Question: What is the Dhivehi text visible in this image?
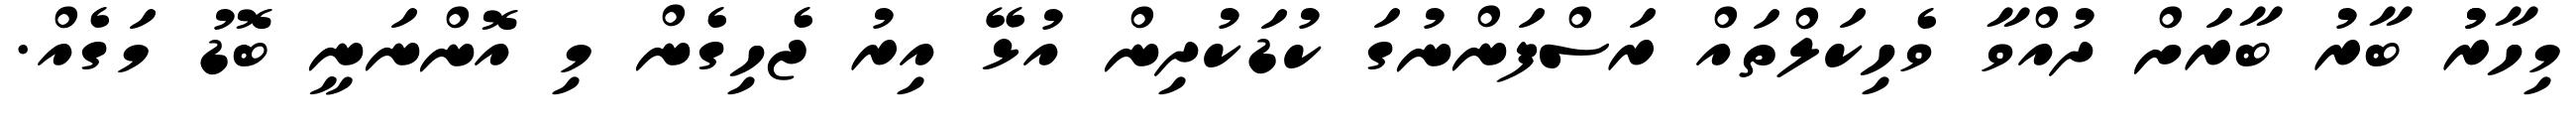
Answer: މިހާރުު ބާރު ބާރަށް ދުއްވާ ވެހިކަލްތައް ރަސްފަންނުގަ ކުޑަކުދިން އުޅޭ އިރު ޖެހިގެން މި އޮންނަނީ ބޮޑު މަގެއް.